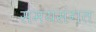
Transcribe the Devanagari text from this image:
समयसंगत